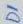
Text: D1